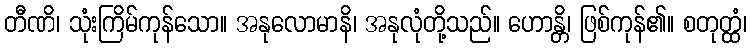
တီဏိ၊ သုံးကြိမ်ကုန်သော။ အနုလောမာနိ၊ အနုလုံတို့သည်။ ဟောန္တိ၊ ဖြစ်ကုန်၏။ စတုတ္ထံ၊